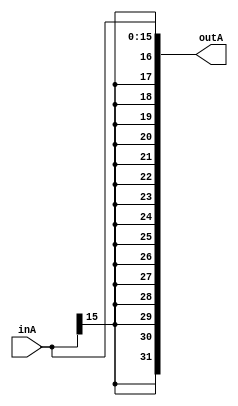
module signextend32 (inA, outA);
//Performance Cost: 0 due to no gates
	input wire [15:00] inA;
	output wire [31:00] outA;

	//Assumption: acts as an append onto inA, with 16 bits of inA[15]
	//pay attention to the brackets, its like parenthesis
	assign outA = {{16{inA[15]}}, inA};

endmodule //signextend32